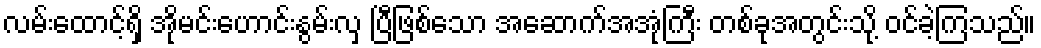
လမ်းထောင့်ရှိ အိုမင်းဟောင်းနွမ်းလှ ပြီဖြစ်သော အဆောက်အအုံကြီး တစ်ခုအတွင်းသို့ ဝင်ခဲ့ကြသည်။